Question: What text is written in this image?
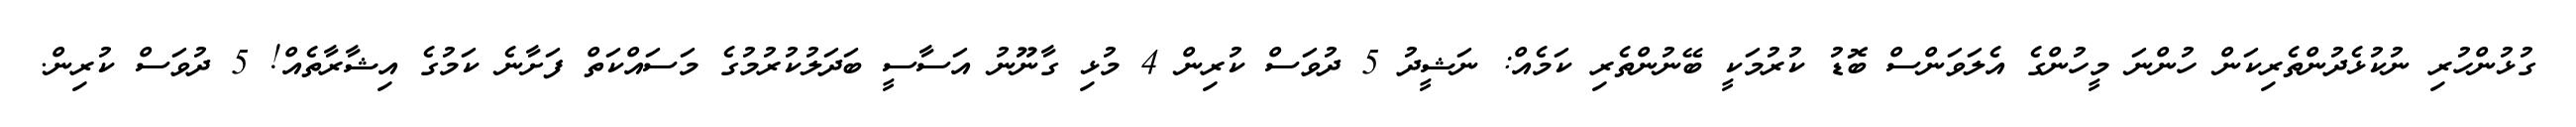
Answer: ގުޅުންހުރި ނުކުޅެދުންތެރިކަން ހުންނަ މީހުންގެ އެލަވަންސް ބޮޑު ކުރުމަކީ ބޭނުންތެރި ކަމެއް: ނަޝީދު 5 ދުވަސް ކުރިން 4 މުޅި ގާނޫނު އަސާސީ ބަދަލުކުރުމުގެ މަސައްކަތް ފަށާނެ ކަމުގެ އިޝާރާތެއް! 5 ދުވަސް ކުރިން.